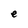
Character: e